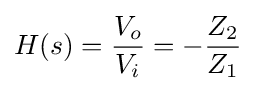
H(s)={\frac {V_{o}}{V_{i}}}=-{Z_{2} \over Z_{1}}